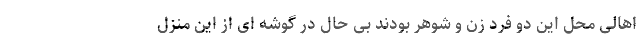
اهالی محل این دو فرد زن و شوهر بودند بی حال در گوشه ای از این منزل